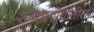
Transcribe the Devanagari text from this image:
शब्दप्रयोगातील